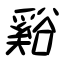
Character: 谿